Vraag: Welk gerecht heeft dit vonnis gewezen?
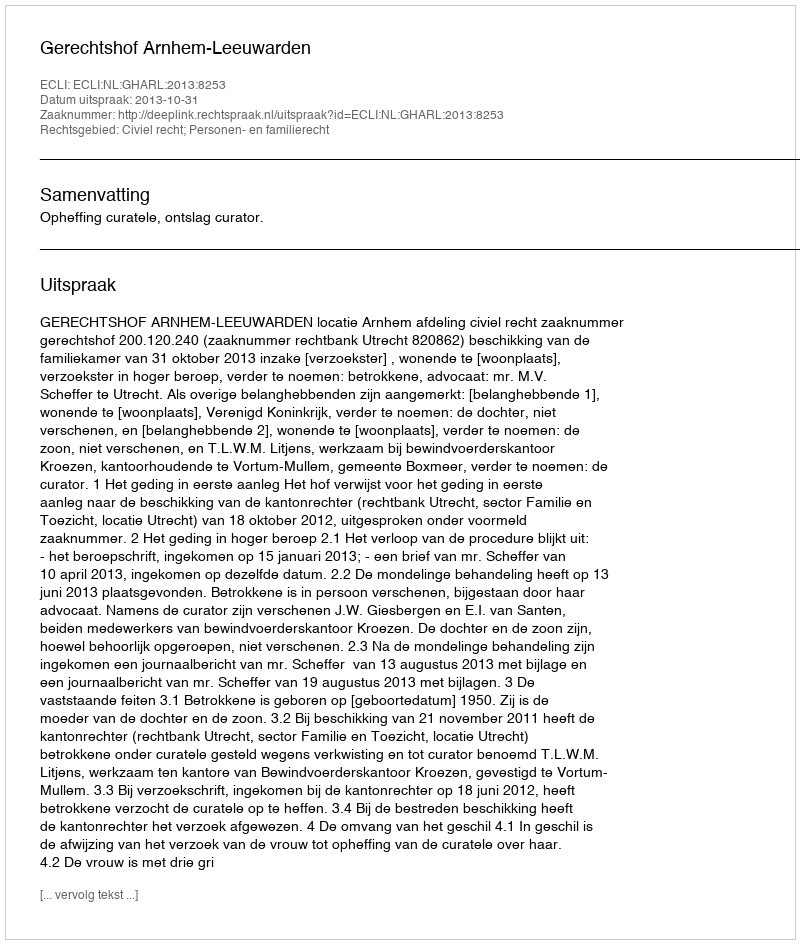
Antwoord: Gerechtshof Arnhem-Leeuwarden